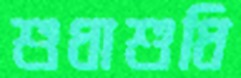
শুধাশুধি